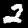
Label: 2